Leprosy in India: report of the Leprosy Commission in India, 1890-91
Year: 1890
Disease focus: Leprosy
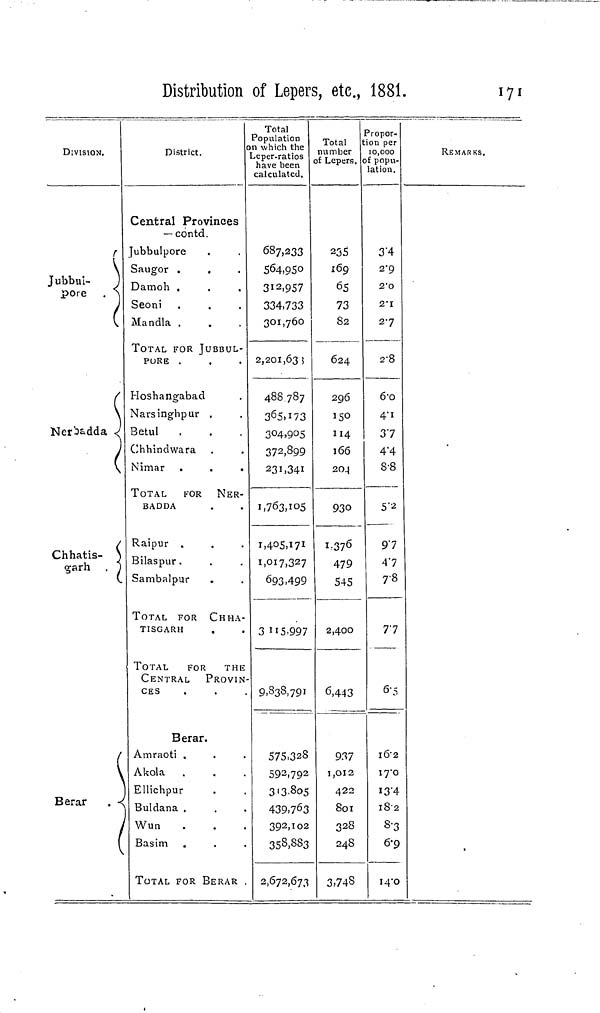
Distribution of Lepers, etc, 1881.
171
DIVISION.
r
V
Jubbul- J
pore
\
(
Ner'o«dda <(
(
Chhatis- \
o-arh
)
* (
(
Berar
. -<
(
District.
Central Provinces
—contd.
Jubbulpore
Saugor .
.
Damoh .
Seoni
Mandla .
TOTAL FOR JUBBUL-
PORE .
.
Hoshangabad
Narsinghpur .
BetuI
Chhindwara
Nimar
TOTAL
FOR NER-
BADDA
Raipur .
Bilaspur.
Sambalpur
TOTAL FOR CHHA-
TISGARH
TOTAL
FOR THE
CENTRAL
PROVIN
CES
Berar.
Amraoti .
Akola
Ellichpur
Buldana .
Wun
Basim
TOTAL FOR BERAR
Total
Population
n which thê
eper-ratios
have been
calculated.
687,233
564,950
312.957
334,733
301,760
2,201,63 5
488 787
3 6 5)i73
304,905
372,899
231,341
1,763,105
1,017,327
693,499
3 115-997
9,838,791
575,328
592,79 2
3'3.8o5
439,763
392,102
353.SS3
2,672,673
Total
number
f Lepers.
235
169
65
73
82
624
296
150
114
166
2O_|
930
I.376
479
545
2,400
6,443
937
1,012
422
801
328
24S
3,74S
Propor-
:ion per
10,000
of popu-
lation.
3'4
2-9
2 - 0
2-1
27
2-8
6-o
4" 1
37
4"4
S'8
5"2
91
<4'7
7-8
77
6-5
l6'2
i7'o
i3'4
iS 2
8-3
6-9
i4"o
REMARKS.